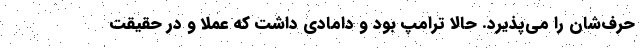
حرف‌شان را می‌پذیرد. حالا ترامپ بود و دامادی داشت که عملاً و در حقیقت